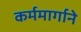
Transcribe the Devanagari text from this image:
कर्ममार्गाने